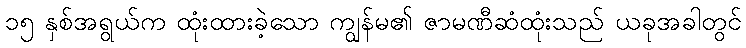
၁၅ နှစ်အရွယ်က ထုံးထားခဲ့သော ကျွန်မ၏ ဇာမဏီဆံထုံးသည် ယခုအခါတွင်